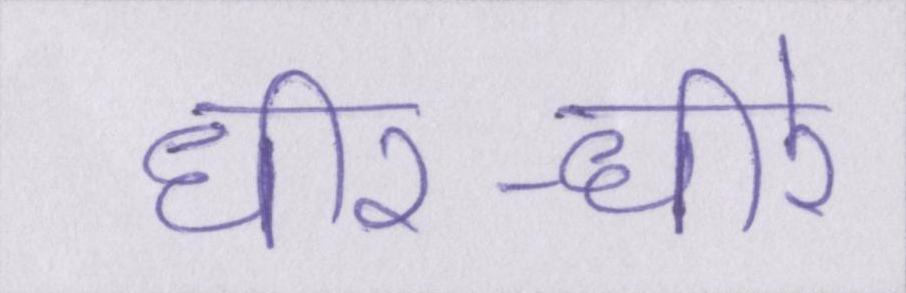
धीर-धीरे